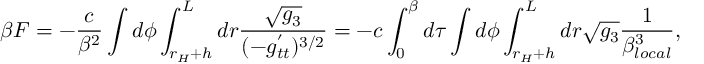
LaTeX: \beta F = - \frac { c } { \beta ^ { 2 } } \int d \phi \int _ { r _ { H } + h } ^ { L } d r \frac { \sqrt { g _ { 3 } } } { ( - g _ { t t } ^ { ' } ) ^ { 3 / 2 } } = - c \int _ { 0 } ^ { \beta } d \tau \int d \phi \int _ { r _ { H } + h } ^ { L } d r \sqrt { g _ { 3 } } \frac { 1 } { \beta _ { l o c a l } ^ { 3 } } ,